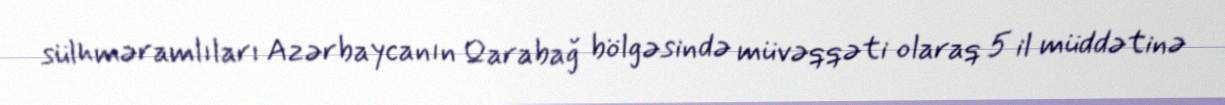
sülhməramlıları Azərbaycanın Qarabağ bölgəsində müvəqqəti olaraq 5 il müddətinə